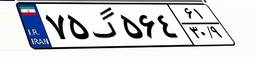
۲۹گ۵۴۴۳۰